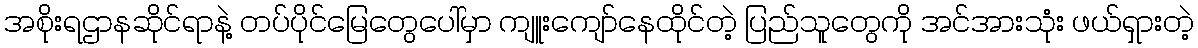
အစိုးရဌာနဆိုင်ရာနဲ့ တပ်ပိုင်မြေတွေပေါ်မှာ ကျူးကျော်နေထိုင်တဲ့ ပြည်သူတွေကို အင်အားသုံး ဖယ်ရှားတဲ့